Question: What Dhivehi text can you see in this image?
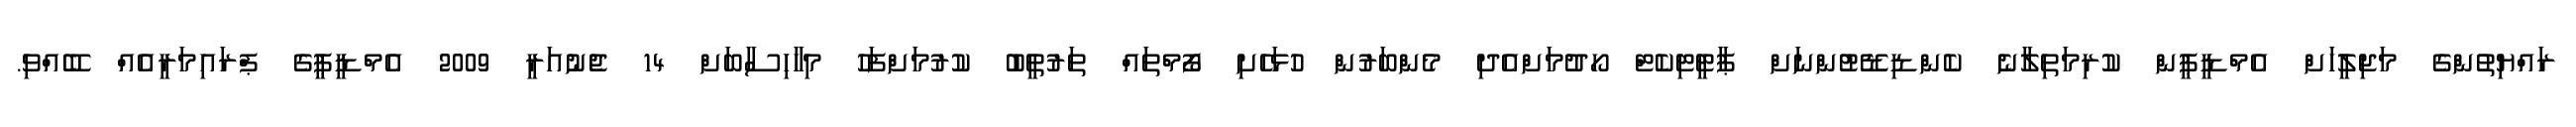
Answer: ރައްޔިތުންގެ މަޖިލީހަށް އެމްޑީޕީން ކުރިމަތިލާނެ ކެންޑިޑޭޓުންނަށް ޕާޓީޓިކެޓް ހޯދުމަށްއެދި މެންބަރުން ހުޅަހެށި ފޯމްތައް ތަރުތީބު ކުރުމަށްފަހު މިހާހިސާބަށް 14 ޖެނުއަރީ 2009 އެމްޑީޕީގެ ޕްރައިމަރީއެއް ބޭއްވި.